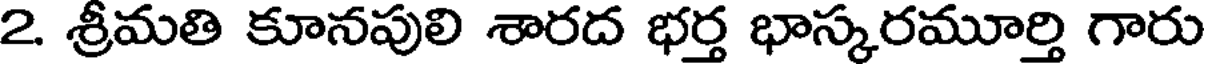
2. శ్రీమతి కూనపులి శారద భర్త భాస్కరమూర్తి గారు